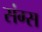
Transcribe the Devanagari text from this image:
संग्स